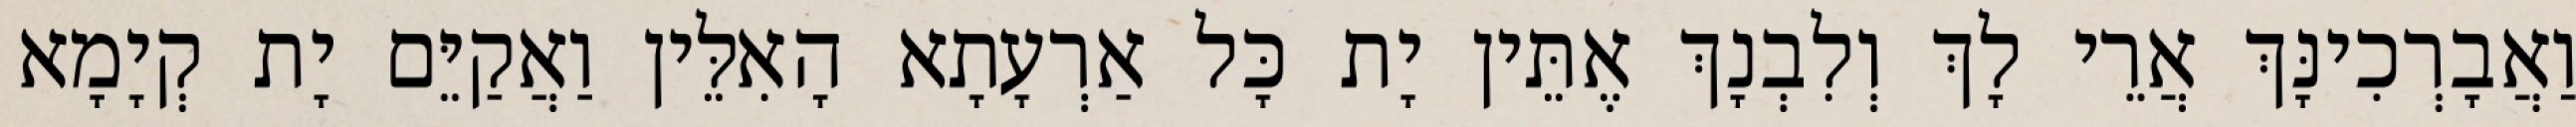
וַאֲבָרְכִינָּךְ אֲרֵי לָךְ וְלִבְנָךְ אֶתֵּין יָת כָּל אַרְעָתָא הָאִלֵּין וַאֲקַיֵּם יָת קְיָמָא